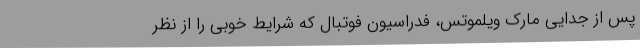
پس از جدایی مارک ویلموتس، فدراسیون فوتبال که شرایط خوبی را از نظر